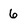
Character: 6